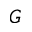
G